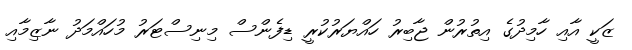
ޒަކީ އާއި ހާމިދުގެ އިތުރުން ޖާބިރު ހައްޔަރުކުރީ ޑިފެންސް މިނިސްޓަރު މުހައްމަދު ނާޒިމާއި